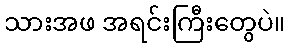
သားအဖ အရင်းကြီးတွေပဲ။